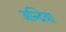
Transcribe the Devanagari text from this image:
अन्द्रिया